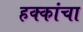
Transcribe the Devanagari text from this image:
हक्‍कांचा